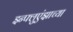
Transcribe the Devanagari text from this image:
इन्फ्लुएंझाच्या